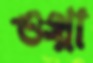
ওথ্‌লা